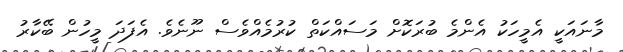
މާނައަކީ އެމީހަކު އެންމެ ބުރަކޮށް މަސައްކަތް ކުރުމެއްވެސް ނޫނެވެ. އެފަދަ މީހުން ބޭކާރު